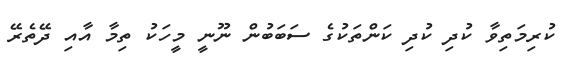
ކުރިމަތިވާ ކުދި ކުދި ކަންތަކުގެ ސަބަބުން ނޫނީ މީހަކު ތިމާ އާއި ދޭތެރޭ